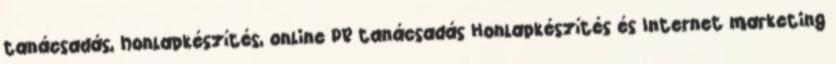
tanácsadás, honlapkészítés, online PR tanácsadás Honlapkészítés és Internet marketing